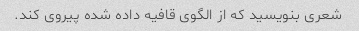
شعری بنویسید که از الگوی قافیه داده شده پیروی کند.